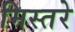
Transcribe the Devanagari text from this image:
मिस्तरे